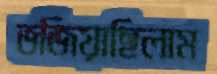
ভজিয়াছিলাম